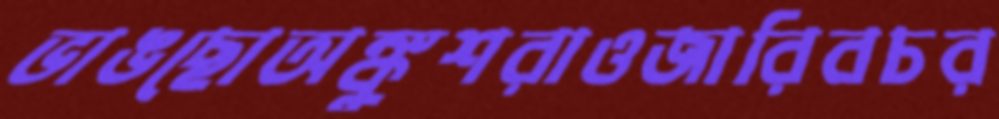
ভাঙছোঅঙ্কুশরাওজারিবচর